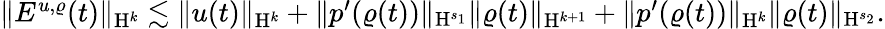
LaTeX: \begin{array}{r}{\Vert E^{u,\varrho}(t)\Vert_{\mathrm{H}^{k}}\lesssim\Vert u(t)\Vert_{\mathrm{H}^{k}}+\Vert p^{\prime}(\varrho(t))\Vert_{\mathrm{H}^{s_{1}}}\Vert\varrho(t)\Vert_{\mathrm{H}^{k+1}}+\Vert p^{\prime}(\varrho(t))\Vert_{\mathrm{H}^{k}}\Vert\varrho(t)\Vert_{\mathrm{H}^{s_{2}}}.}\end{array}